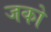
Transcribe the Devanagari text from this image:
जको